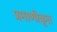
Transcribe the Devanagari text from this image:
प्रमाणीकृत